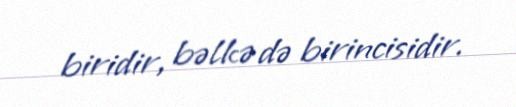
biridir, bəlkə də birincisidir.